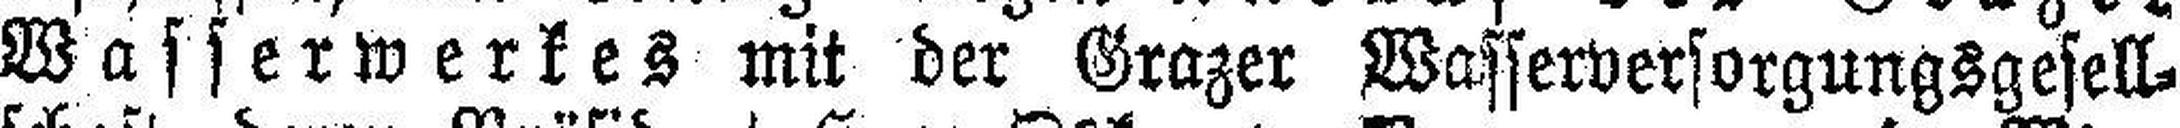
Wasserwerkes mit der Grazer Wasserversorgungsgesell¬